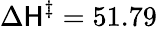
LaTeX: \Delta\mathsf{H}^{\ddagger}=51.79